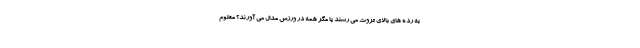
به رده های بالای ثروت می رسند یا مگر همه در ورزش مدال می آورند؟ معلوم